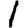
Digit: 1